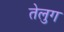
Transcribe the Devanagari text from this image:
तेलुग